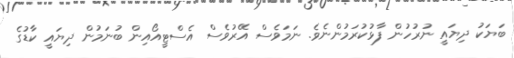
ބަޔަކު ދިޔައީ ނުރުހުން ފާޅުކުރަމުންނެވެ. ނަމަވެސް އޭރުވެސް އެސްޓީއޯއިން ބުނަމުން ދިޔައީ ކާޑުގެ